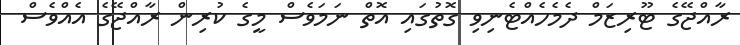
ރާއްޖޭގެ ޓޫރިޒަމް ދެމެހެއްޓެނިވި ގޮތުގައި އޮތް ނަމަވެސް މީގެ ކުރިން ރާއްޖޭގެ އެއްވެސް